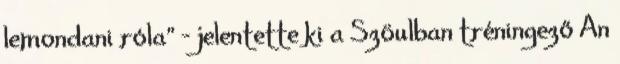
lemondani róla” - jelentette ki a Szöulban tréningező An